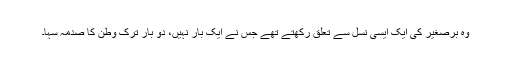
وہ برصغیر کی ایک ایسی نسل سے تعلق رکھتے تھے جس نے ایک بار نہیں، دو بار ترک وطن کا صدمہ سہا۔